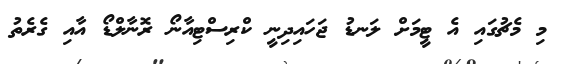
މި މެޗުގައި އެ ޓީމަށް ލަނޑު ޖަހައިދިނީ ކްރިސްޓިއާނޯ ރޮނާލްޑޯ އާއި ގެރެތު